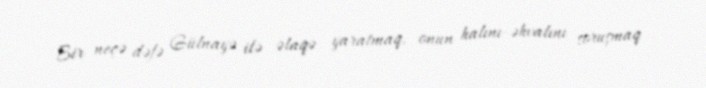
Bir neçə dəfə Gülnayə ilə əlaqə yaratmaq, onun halını-əhvalını soruşmaq